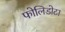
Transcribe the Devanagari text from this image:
फोलिडोटा